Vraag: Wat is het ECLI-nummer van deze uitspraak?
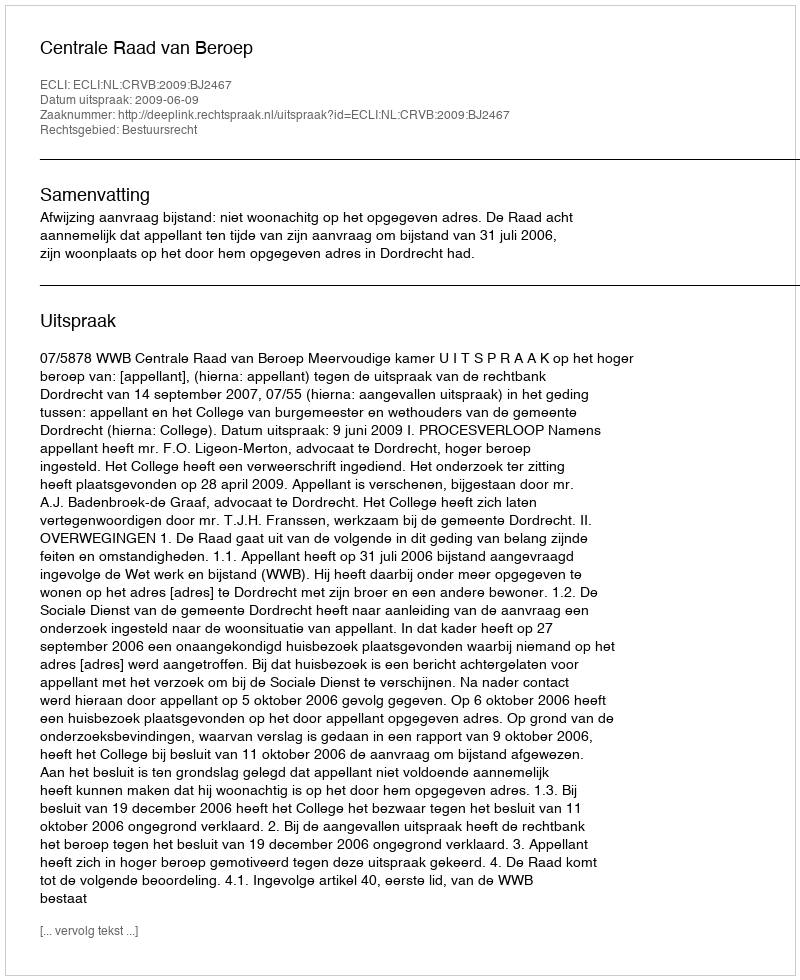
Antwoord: ECLI:NL:CRVB:2009:BJ2467